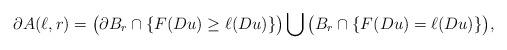
LaTeX: \begin{align*} \partial A( \ell, r)= \bigl(\partial B_r\cap \{F(Du)\ge \ell(Du)\}\bigr) \bigcup \, \bigl(B_r \cap \{F(Du)=\ell(Du)\}\bigr),\end{align*}